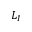
L _ { I }